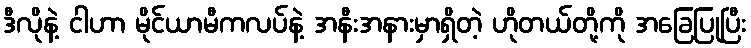
ဒီလိုနဲ့ ငါဟာ မိုင်ယာမီကလပ်နဲ့ အနီးအနားမှာရှိတဲ့ ဟိုတယ်တို့ကို အခြေပြုပြီး